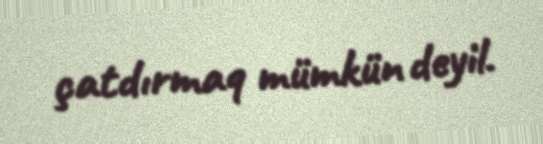
çatdırmaq mümkün deyil.